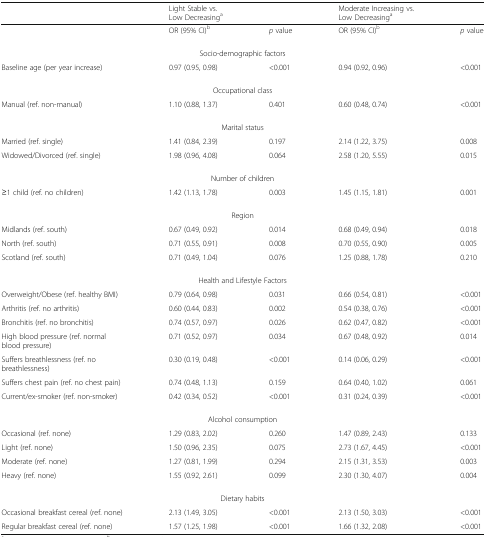
<table><thead><tr><td></td><td><b>Light Stable vs. Low Decreasing<sup>a</sup></b></td><td></td><td><b>Moderate Increasing vs. Low Decreasing<sup>a</sup></b></td><td></td></tr></thead><tbody><tr><td></td><td>OR (95% CI)<sup>b</sup></td><td><i>p</i> value</td><td>OR (95% CI)<sup>b</sup></td><td><i>p</i> value</td></tr><tr><td colspan="5">Socio-demographic factors</td></tr><tr><td>Baseline age (per year increase)</td><td>0.97 (0.95, 0.98)</td><td>&lt;0.001</td><td>0.94 (0.92, 0.96)</td><td>&lt;0.001</td></tr><tr><td colspan="5">Occupational class</td></tr><tr><td>Manual (ref. non-manual)</td><td>1.10 (0.88, 1.37)</td><td>0.401</td><td>0.60 (0.48, 0.74)</td><td>&lt;0.001</td></tr><tr><td colspan="5">Marital status</td></tr><tr><td>Married (ref. single)</td><td>1.41 (0.84, 2.39)</td><td>0.197</td><td>2.14 (1.22, 3.75)</td><td>0.008</td></tr><tr><td>Widowed/Divorced (ref. single)</td><td>1.98 (0.96, 4.08)</td><td>0.064</td><td>2.58 (1.20, 5.55)</td><td>0.015</td></tr><tr><td colspan="5">Number of children</td></tr><tr><td>≥1 child (ref. no children)</td><td>1.42 (1.13, 1.78)</td><td>0.003</td><td>1.45 (1.15, 1.81)</td><td>0.001</td></tr><tr><td colspan="5">Region</td></tr><tr><td>Midlands (ref. south)</td><td>0.67 (0.49, 0.92)</td><td>0.014</td><td>0.68 (0.49, 0.94)</td><td>0.018</td></tr><tr><td>North (ref. south)</td><td>0.71 (0.55, 0.91)</td><td>0.008</td><td>0.70 (0.55, 0.90)</td><td>0.005</td></tr><tr><td>Scotland (ref. south)</td><td>0.71 (0.49, 1.04)</td><td>0.076</td><td>1.25 (0.88, 1.78)</td><td>0.210</td></tr><tr><td colspan="5">Health and Lifestyle Factors</td></tr><tr><td>Overweight/Obese (ref. healthy BMI)</td><td>0.79 (0.64, 0.98)</td><td>0.031</td><td>0.66 (0.54, 0.81)</td><td>&lt;0.001</td></tr><tr><td>Arthritis (ref. no arthritis)</td><td>0.60 (0.44, 0.83)</td><td>0.002</td><td>0.54 (0.38, 0.76)</td><td>&lt;0.001</td></tr><tr><td>Bronchitis (ref. no bronchitis)</td><td>0.74 (0.57, 0.97)</td><td>0.026</td><td>0.62 (0.47, 0.82)</td><td>&lt;0.001</td></tr><tr><td>High blood pressure (ref. normal blood pressure)</td><td>0.71 (0.52, 0.97)</td><td>0.034</td><td>0.67 (0.48, 0.92)</td><td>0.014</td></tr><tr><td>Suffers breathlessness (ref. no breathlessness)</td><td>0.30 (0.19, 0.48)</td><td>&lt;0.001</td><td>0.14 (0.06, 0.29)</td><td>&lt;0.001</td></tr><tr><td>Suffers chest pain (ref. no chest pain)</td><td>0.74 (0.48, 1.13)</td><td>0.159</td><td>0.64 (0.40, 1.02)</td><td>0.061</td></tr><tr><td>Current/ex-smoker (ref. non-smoker)</td><td>0.42 (0.34, 0.52)</td><td>&lt;0.001</td><td>0.31 (0.24, 0.39)</td><td>&lt;0.001</td></tr><tr><td colspan="5">Alcohol consumption</td></tr><tr><td>Occasional (ref. none)</td><td>1.29 (0.83, 2.02)</td><td>0.260</td><td>1.47 (0.89, 2.43)</td><td>0.133</td></tr><tr><td>Light (ref. none)</td><td>1.50 (0.96, 2.35)</td><td>0.075</td><td>2.73 (1.67, 4.45)</td><td>&lt;0.001</td></tr><tr><td>Moderate (ref. none)</td><td>1.27 (0.81, 1.99)</td><td>0.294</td><td>2.15 (1.31, 3.53)</td><td>0.003</td></tr><tr><td>Heavy (ref. none)</td><td>1.55 (0.92, 2.61)</td><td>0.099</td><td>2.30 (1.30, 4.07)</td><td>0.004</td></tr><tr><td colspan="5">Dietary habits</td></tr><tr><td>Occasional breakfast cereal (ref. none)</td><td>2.13 (1.49, 3.05)</td><td>&lt;0.001</td><td>2.13 (1.50, 3.03)</td><td>&lt;0.001</td></tr><tr><td>Regular breakfast cereal (ref. none)</td><td>1.57 (1.25, 1.98)</td><td>&lt;0.001</td><td>1.66 (1.32, 2.08)</td><td>&lt;0.001</td></tr></tbody></table>